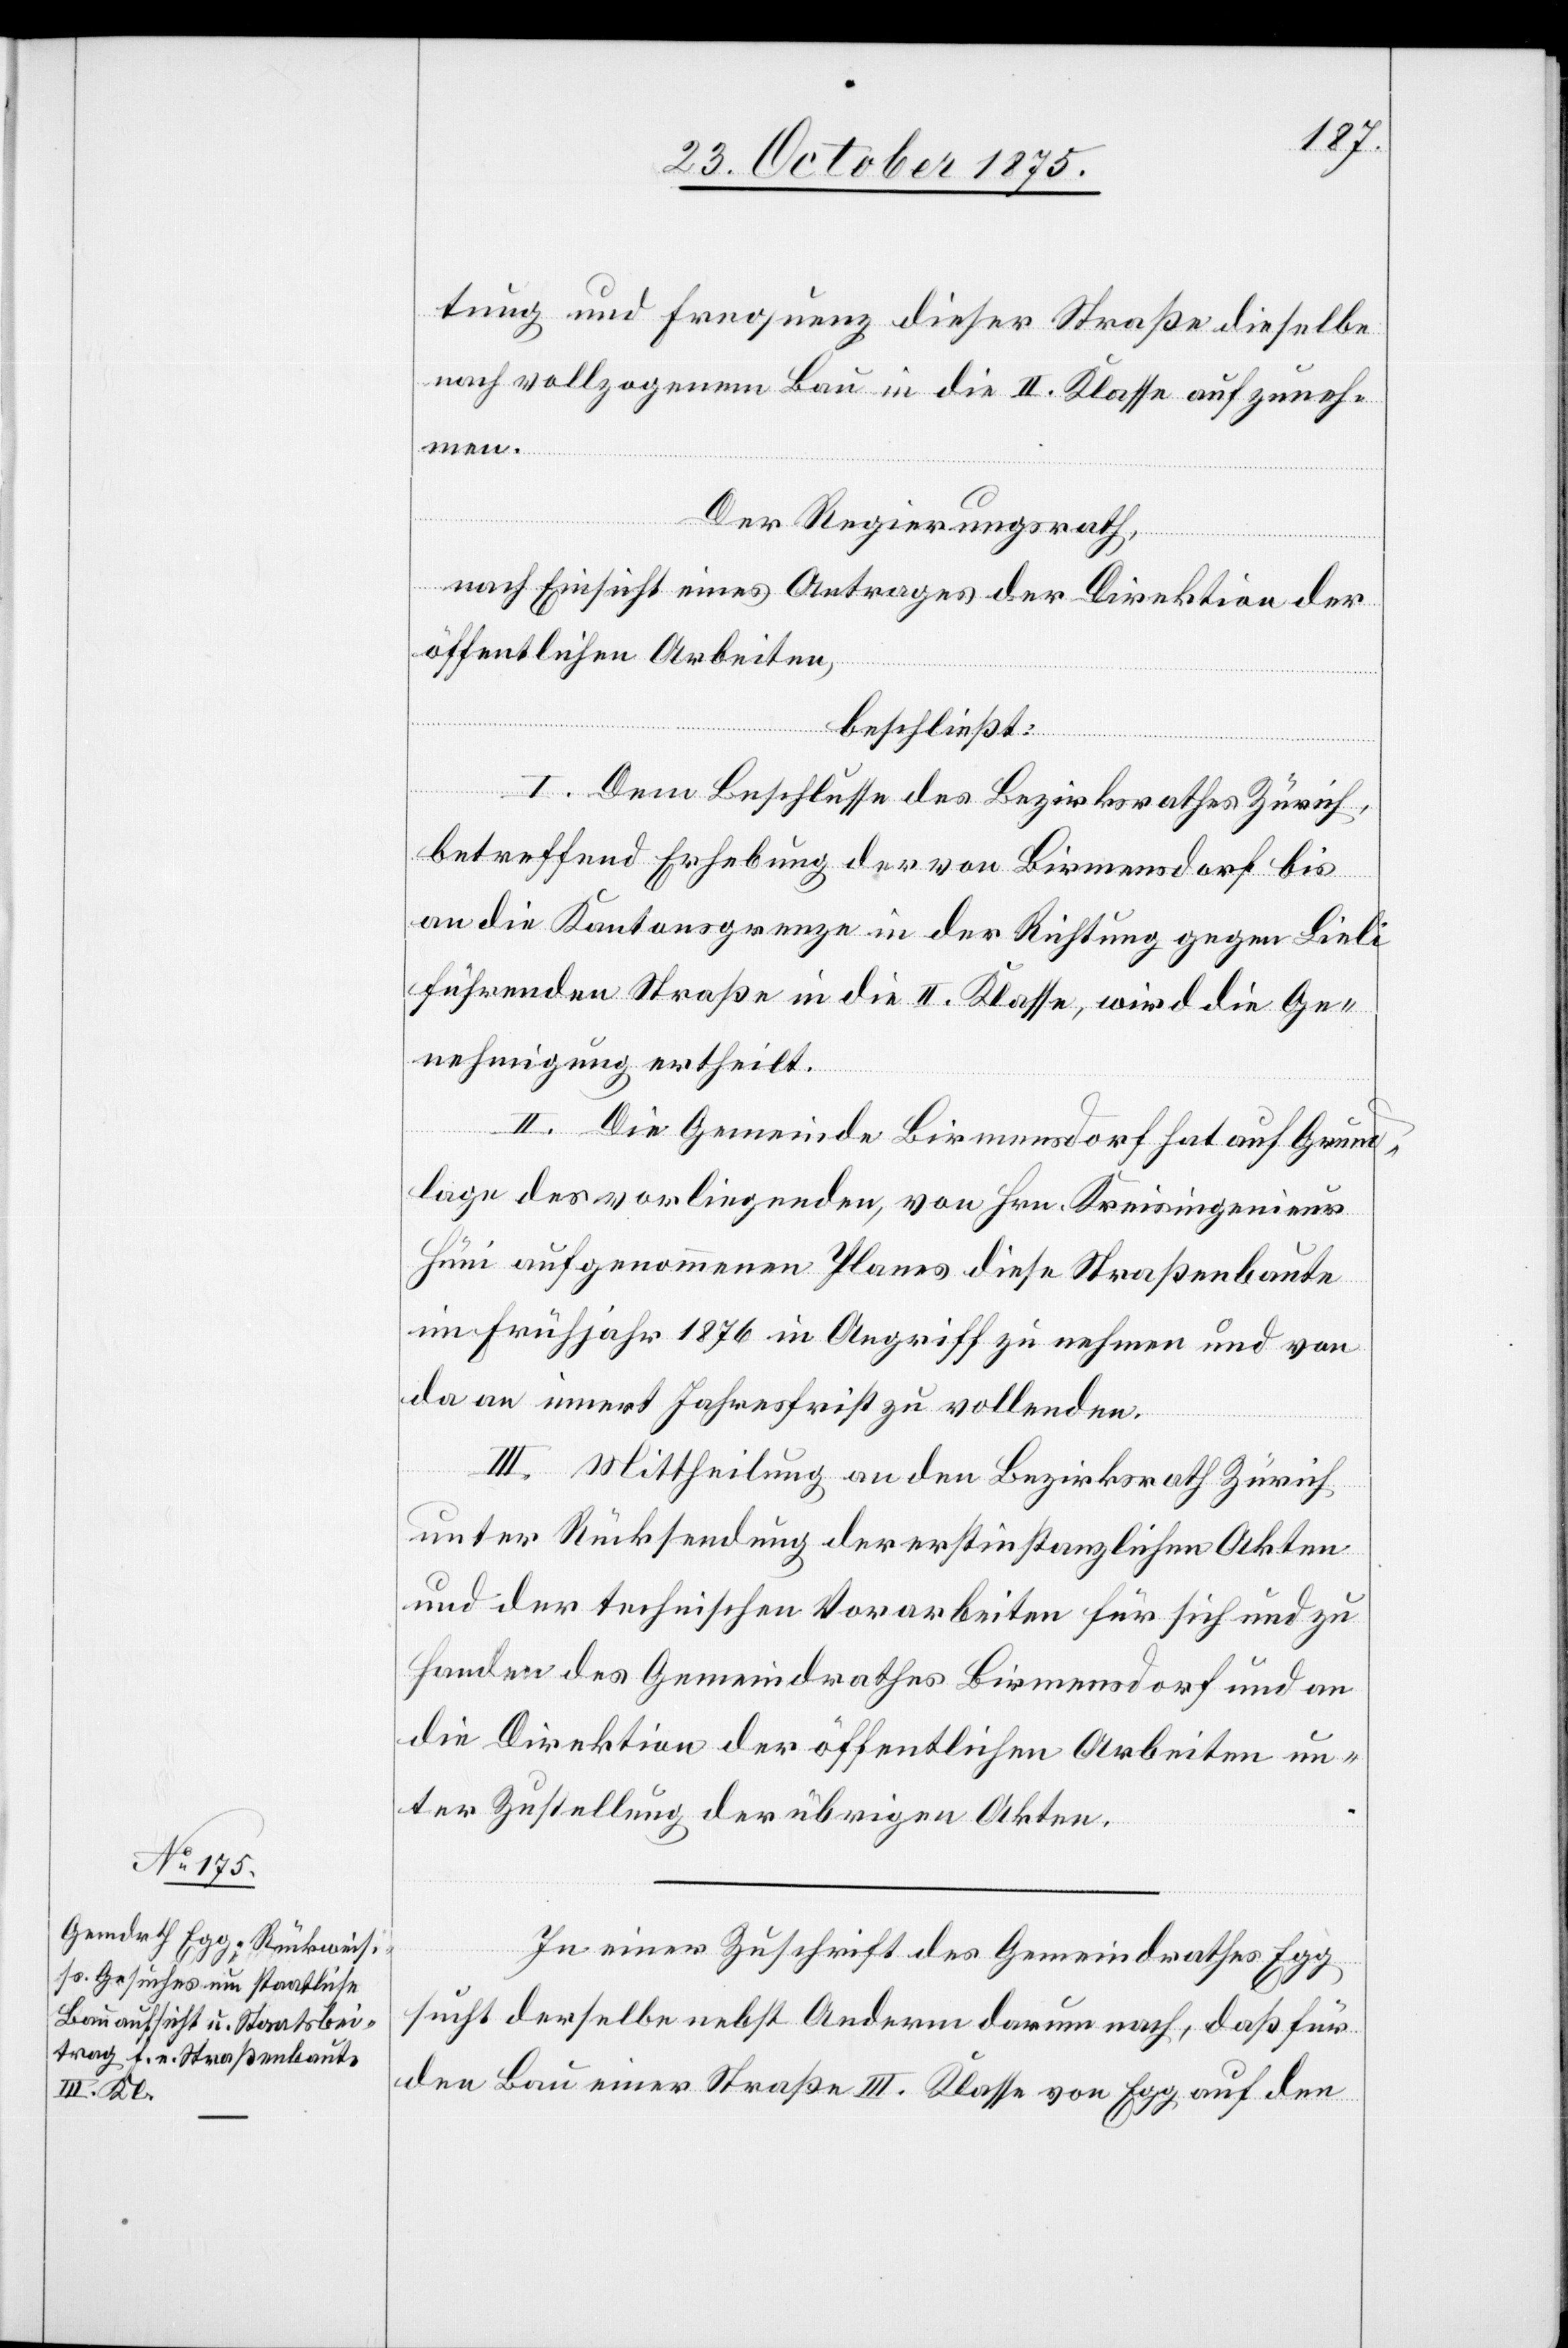
tung und Frequenz dieser Straße dieselbe
nach vollzogenem Bau in die II. Klasse aufzuneh¬
men.
Der Regierungsrath,
nach Einsicht eines Antrages der Direktion der
öffentlichen Arbeiten,
beschließt:
I. Dem Beschlusse des Bezirksrathes Zürich,
betreffend Erhebung der von Birmensdorf bis
an die Kantonsgrenze in der Richtung gegen Lieli
führenden Straße in die II. Klasse, wird die Ge¬
nehmigung ertheilt.
II. Die Gemeinde Birmensdorf hat auf Grund¬
lage des vorliegenden, von Hrn. Kreisingenieur
Hüni aufgenommenen Planes diese Straßenbaute
im Frühjahr 1876 in Angriff zu nehmen und von
da an innert Jahresfrist zu vollenden.
III. Mittheilung an den Bezirksrath Zürich
unter Rücksendung der erstinstanzlichen Akten
und der technischen Vorarbeiten für sich und zu
Handen des Gemeindrathes Birmensdorf und an
die Direktion der öffentlichen Arbeiten un¬
ter Zustellung der übrigen Akten.
In einer Zuschrift des Gemeindrathes Egg
sucht derselbe nebst Anderm darum nach, daß für
den Bau einer Straße III. Klasse von Egg auf den